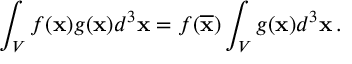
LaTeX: \int _ { V } f ( { \bf x } ) g ( { \bf x } ) d ^ { 3 } { \bf x } = f ( \overline { { { \bf x } } } ) \int _ { V } g ( { \bf x } ) d ^ { 3 } { \bf x } \, .